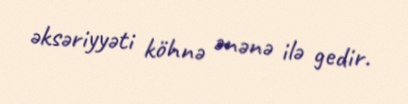
əksəriyyəti köhnə ənənə ilə gedir.